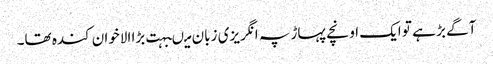
آگے بڑ ہے تو ایک اونچے پہاڑ پہ انگریزی زبان میںبہت بڑا الاخوان کندہ تھا۔